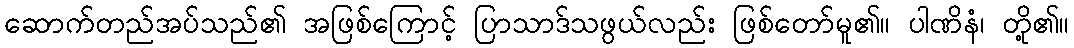
ဆောက်တည်အပ်သည်၏ အဖြစ်ကြောင့် ပြာသာဒ်သဖွယ်လည်း ဖြစ်တော်မူ၏။ ပါဏိနံ၊ တို့၏။